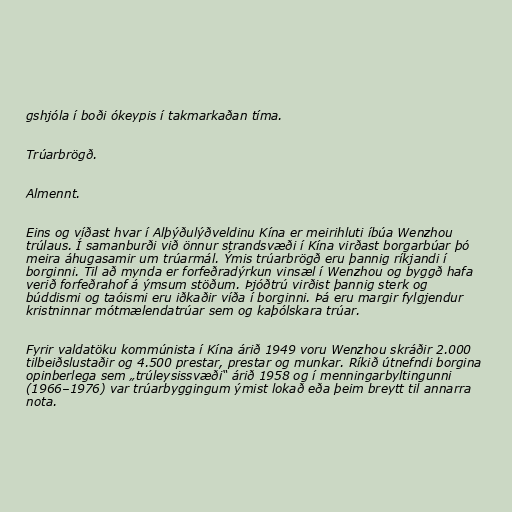
gshjóla í boði ókeypis í takmarkaðan tíma.

Trúarbrögð.

Almennt.

Eins og víðast hvar í Alþýðulýðveldinu Kína er meirihluti íbúa Wenzhou
trúlaus. Í samanburði við önnur strandsvæði í Kína virðast borgarbúar þó
meira áhugasamir um trúarmál. Ýmis trúarbrögð eru þannig ríkjandi í
borginni. Til að mynda er forfeðradýrkun vinsæl í Wenzhou og byggð hafa
verið forfeðrahof á ýmsum stöðum. Þjóðtrú virðist þannig sterk og
búddismi og taóismi eru iðkaðir víða í borginni. Þá eru margir fylgjendur
kristninnar mótmælendatrúar sem og kaþólskara trúar.

Fyrir valdatöku kommúnista í Kína árið 1949 voru Wenzhou skráðir 2.000
tilbeiðslustaðir og 4.500 prestar, prestar og munkar. Ríkið útnefndi borgina
opinberlega sem „trúleysissvæði“ árið 1958 og í menningarbyltingunni
(1966–1976) var trúarbyggingum ýmist lokað eða þeim breytt til annarra
nota.